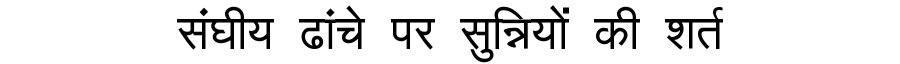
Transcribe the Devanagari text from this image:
संघीय ढांचे पर सुन्नियों की शर्त